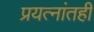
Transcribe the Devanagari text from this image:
प्रयत्‍नांतही